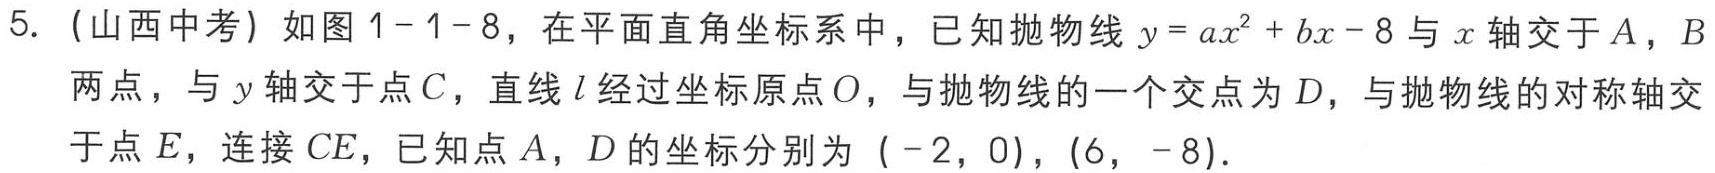
5. (山西中考) 如图1-1-8，在平面直角坐标系中，已知抛物线\(y = ax^{2}+bx - 8\)与\(x\)轴交于\(A\)，\(B\)两点，与\(y\)轴交于点\(C\)，直线\(l\)经过坐标原点\(O\)，与抛物线的一个交点为\(D\)，与抛物线的对称轴交于点\(E\)，连接\(CE\)，已知点\(A\)，\(D\)的坐标分别为\(( - 2,0)\)，\((6, - 8)\)．